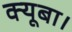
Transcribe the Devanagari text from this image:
क्यूबा।